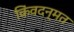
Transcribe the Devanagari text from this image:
किंवदन्मत